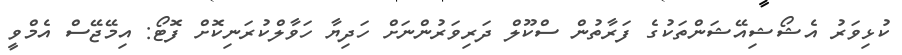
ކުޅިވަރު އެޝޯޝިއޭޝަންތަކުގެ ފަރާތުން ސްކޫލް ދަރިވަރުންނަށް ހަދިޔާ ހަވާލްކުރަނިކޮށް ފޮޓޯ: އިމޭޖޭސް އެމްވީ